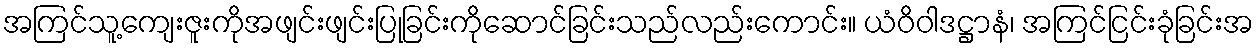
အကြင်သူ့ကျေးဇူးကိုအဖျင်းဖျင်းပြုခြင်းကိုဆောင်ခြင်းသည်လည်းကောင်း။ ယံဝိဝါဒဋ္ဌာနံ၊ အကြင်ငြင်းခုံခြင်းအ